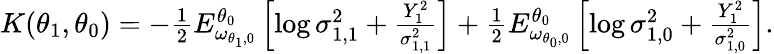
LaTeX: \begin{array}{r}{K(\theta_{1},\theta_{0})=-\frac{1}{2}E_{\omega_{\theta_{1},0}}^{\theta_{0}}\left[\log\sigma_{1,1}^{2}+\frac{Y_{1}^{2}}{\sigma_{1,1}^{2}}\right]+\frac{1}{2}E_{\omega_{\theta_{0},0}}^{\theta_{0}}\left[\log\sigma_{1,0}^{2}+\frac{Y_{1}^{2}}{\sigma_{1,0}^{2}}\right].}\end{array}